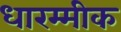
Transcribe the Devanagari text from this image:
धारम्मीक